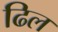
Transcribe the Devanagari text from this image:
ढिल